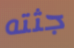
جثته